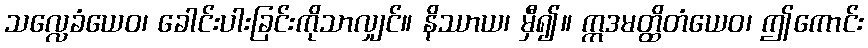
သလ္လေခံယေဝ၊ ခေါင်းပါးခြင်းကိုသာလျှင်။ နိဿာယ၊ မှီ၍။ ဣဒမတ္ထိတံယေဝ၊ ဤကောင်း